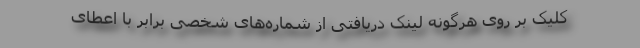
کلیک بر روی هرگونه لینک دریافتی از شماره‌های شخصی برابر با اعطای